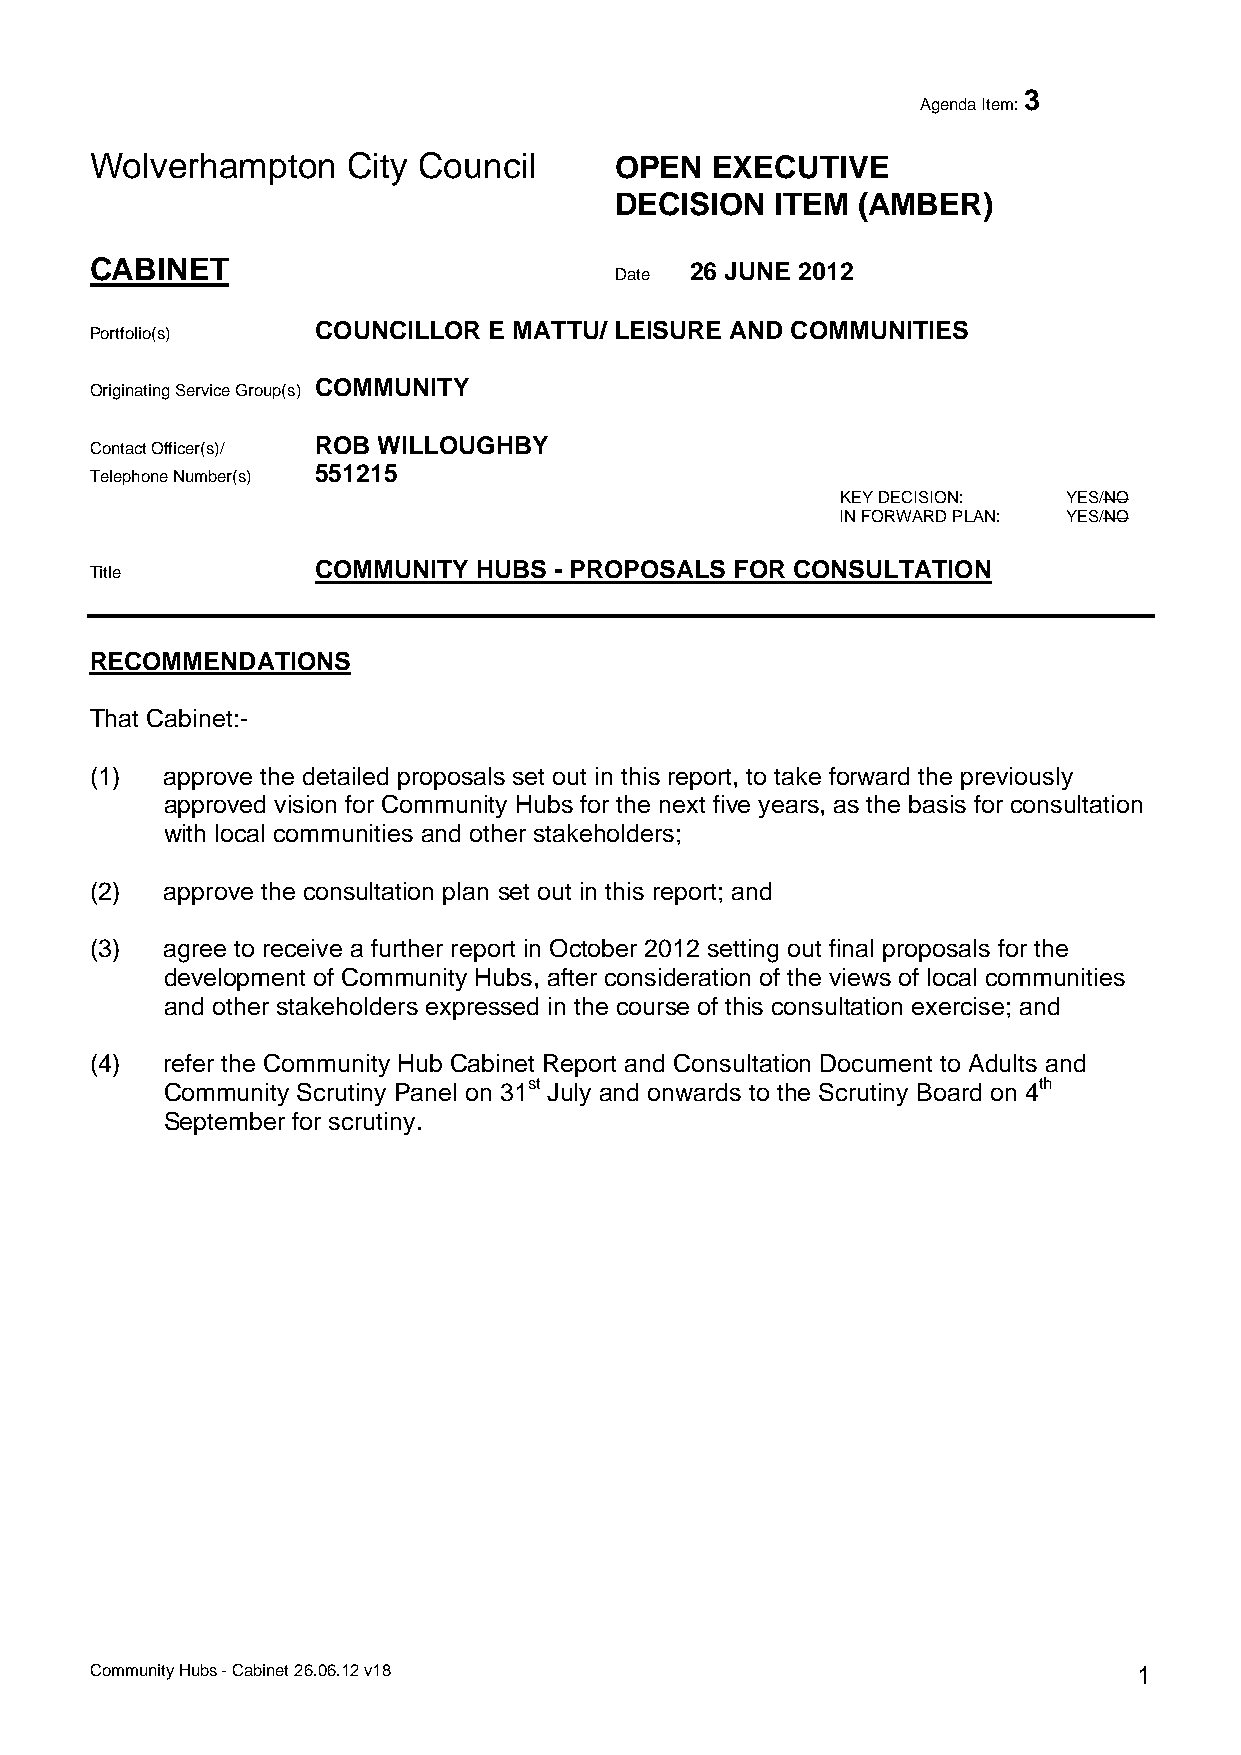
3
 Agenda Item:
 Wolverhampton    City Council      OPEN  EXECUTIVE
 DECISION  ITEM  (AMBER)
 CABINET                                 26 JUNE 2012
 Date
 COUNCILLOR E MATTU/ LEISURE AND COMMUNITIES
 Portfolio(s)
 COMMUNITY
 Originating Service Group(s)
 ROB WILLOUGHBY
 Contact Officer(s)/
 551215
 Telephone Number(s)
 KEY DECISION:  YES/NO
 IN FORWARD PLAN: YES/NO
 COMMUNITY  HUBS - PROPOSALS FOR CONSULTATION
 Title
 RECOMMENDATIONS
 That Cabinet:-
 (1)  approve the detailed proposals set out in this report, to take forward the previously
 approved vision for Community Hubs for the next five years, as the basis for consultation
 with local communities and other stakeholders;
 (2)  approve the consultation plan set out in this report; and
 (3)  agree to receive a further report in October 2012 setting out final proposals for the
 development of Community Hubs, after consideration of the views of local communities
 and other stakeholders expressed in the course of this consultation exercise; and
 (4)  refer the Community Hub Cabinet Report and Consultation Document to Adults and
 Community Scrutiny Panel on 31st July and onwards to the Scrutiny Board on 4th
 September for scrutiny.
 Community Hubs - Cabinet 26.06.12 v18                                1